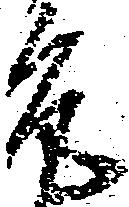
允